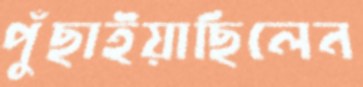
পুঁছাইয়াছিলেন